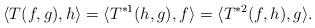
LaTeX: \begin{align*}\langle T(f, g), h\rangle=\langle T^{*1}(h, g), f\rangle=\langle T^{*2}(f, h), g\rangle.\end{align*}